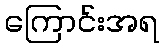
ကြောင်းအရ